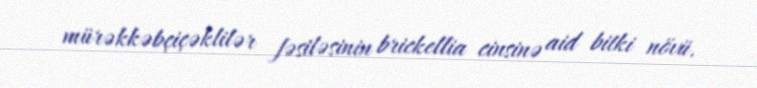
mürəkkəbçiçəklilər fəsiləsinin brickellia cinsinə aid bitki növü.